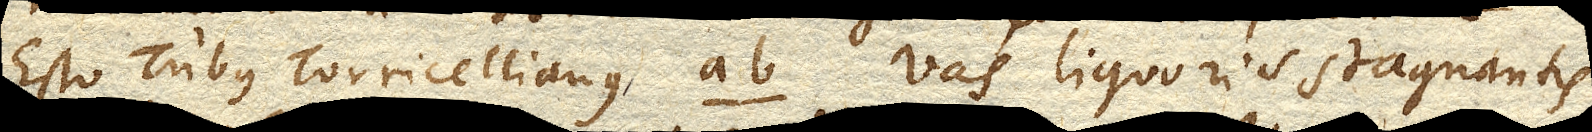
Esto Tubus Torricellianus AB. vas liquoris stagnantis